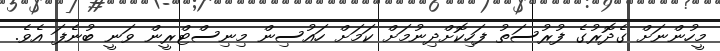
މީހުންނަށް ގެދޮރުގެ ފުރުސަތު ފަހިކޮށްދިނުމަށް ކަމަށް ހައުސިން މިނިސްޓްރީން ވަނީ ބުނެފަ އެވެ.